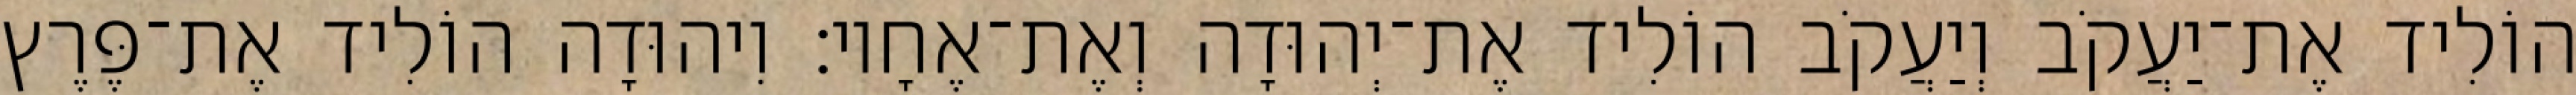
הוֹלִיד אֶת־יַעֲקֹב וְיַעֲקֹב הוֹלִיד אֶת־יְהוּדָה וְאֶת־אֶחָיו׃ וִיהוּדָה הוֹלִיד אֶת־פֶּרֶץ